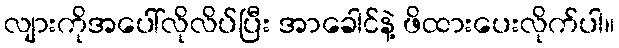
လျားကိုအပေါ်လိုလိပ်ပြီး အာခေါင်နဲ့ ဖိထားပေးလိုက်ပါ။